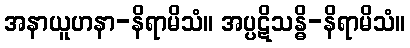
အနာယူဟနာ-နိရာမိသံ။ အပ္ပဋိသန္ဓိ-နိရာမိသံ။